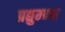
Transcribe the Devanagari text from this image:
प्रद्युम्न्न